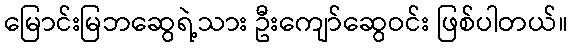
မြောင်းမြဘဆွေရဲ့သား ဦးကျော်ဆွေဝင်း ဖြစ်ပါတယ်။